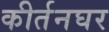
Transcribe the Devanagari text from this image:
कीर्तनघर